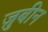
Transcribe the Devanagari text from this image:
ज़ुबीन